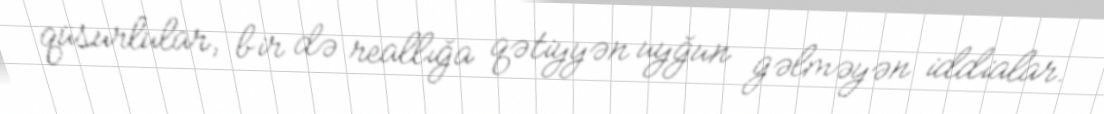
qüsurlular, bir də reallığa qətiyyən uyğun gəlməyən iddialar.